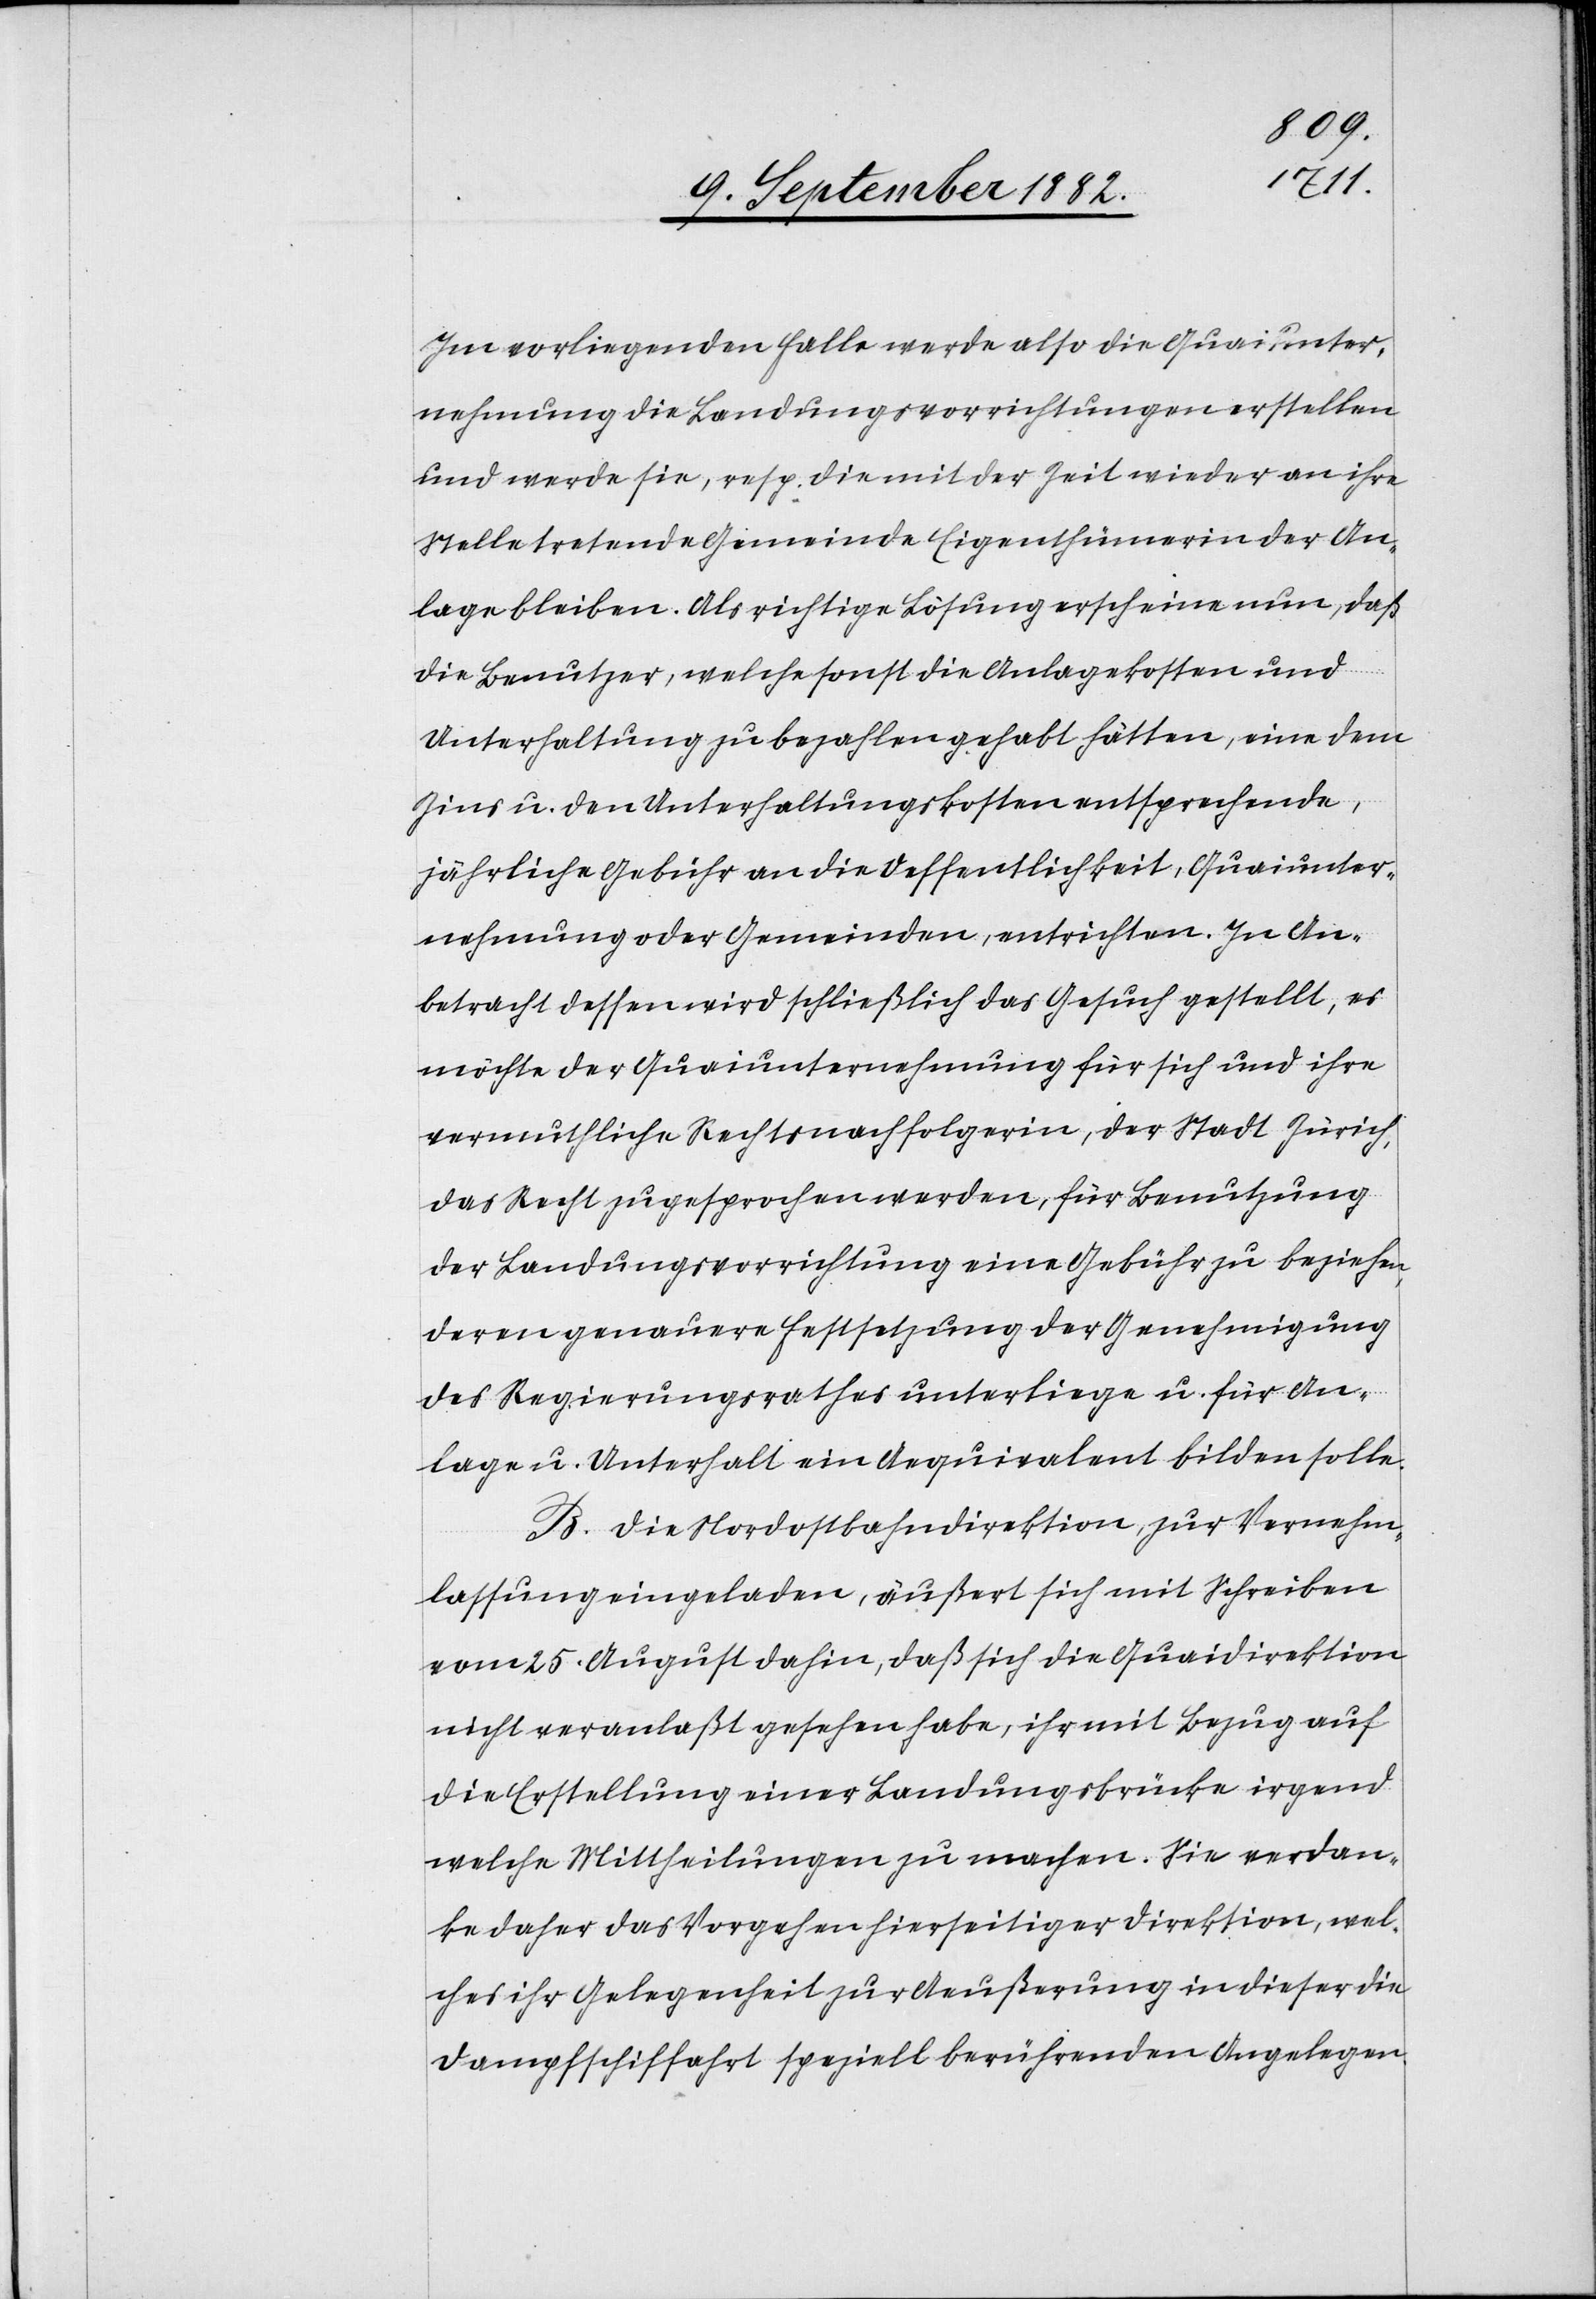
Im vorliegenden Falle werde also die Quaiunter¬
nehmung die Landungsvorrichtungen erstellen
und werde sie, resp. die mit der Zeit wieder an ihre
Stelle tretende Gemeinde Eigenthümerin der An¬
lage bleiben. Als richtige Lösung erscheine nun, daß
die Benutzer, welche sonst die Anlagekosten und
Unterhaltung zu bezahlen gehabt hätten, eine dem
Zins u. den Unterhaltungskosten entsprechende,
jährliche Gebühr an die Oeffentlichkeit, Quaiunter¬
nehmung oder Gemeinden, entrichten. In An¬
betracht dessen wird schließlich das Gesuch gestellt, es
möchte der Quaiunternehmung für sich und ihre
vermuthliche Rechtsnachfolgerin, der Stadt Zürich,
das Recht zugesprochen werden, für Benutzung
der Landungsvorrichtung eine Gebühr zu beziehen,
deren genauere Festsetzung der Genehmigung
des Regierungsrathes unterliege u. für An¬
lage u. Unterhalt ein Aequivalent bilden solle.
B. Die Nordostbahndirektion, zur Vernehm¬
lassung eingeladen, äußert sich mit Schreiben
vom 25. August dahin, daß sich die Quaidirektion
nicht veranlaßt gesehen habe, ihr mit Bezug auf
die Erstellung einer Landungsbrücke irgend
welche Mittheilungen zu machen. Sie verdan¬
ke daher das Vorgehen hierseitiger Direktion, wel¬
che ihr Gelegenheit zur Aeußerung in dieser die
Dampfschiffahrt speziell berührenden Angelegen-